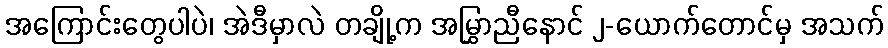
အကြောင်းတွေပါပဲ၊ အဲဒီမှာလဲ တချို့က အမြွှာညီနောင် ၂-ယောက်တောင်မှ အသက်